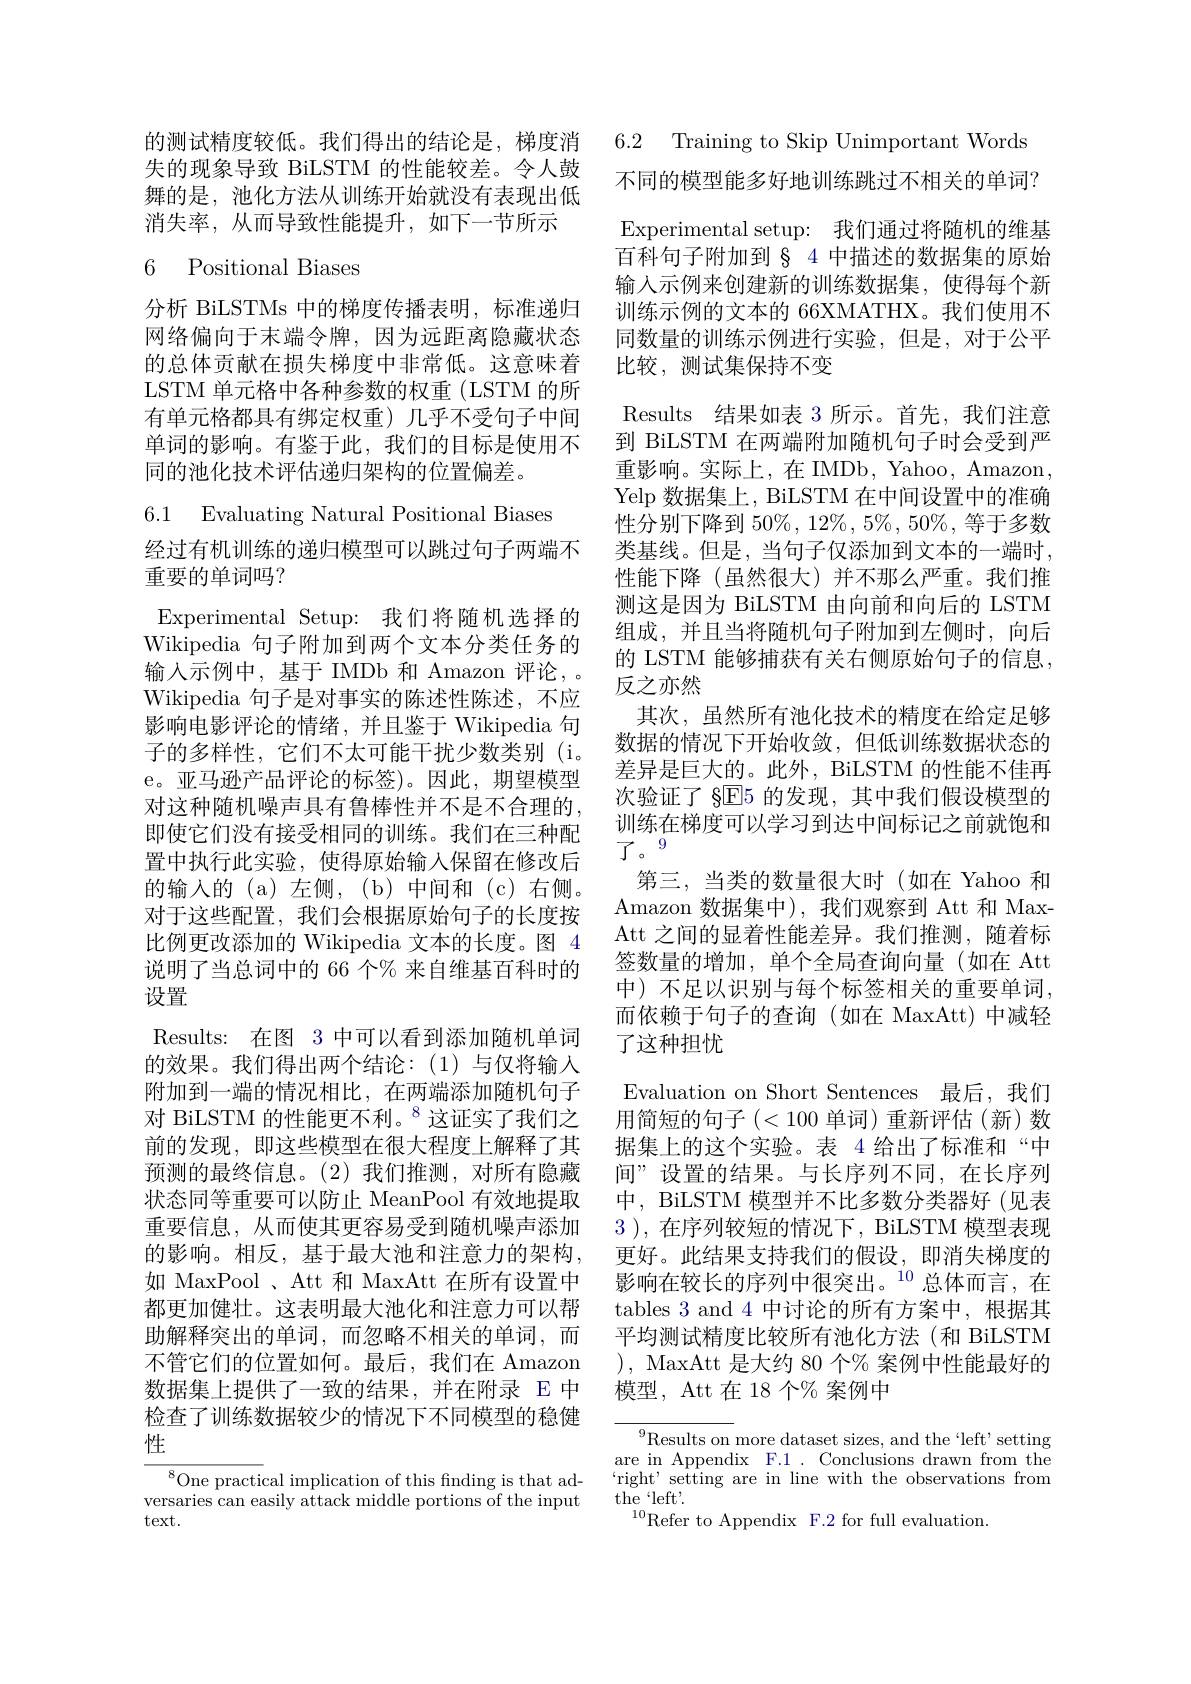
失的现象导致 BiLSTM 的性能较差。令人鼓舞的是，池化方法从训练开始就没有表现出低消失率，从而导致性能提升，如下一节所示

# 6 Positional Biases

分析 BiLSTMs 中的梯度传播表明，标准递归网络偏向于末端令牌，因为远距离隐藏状态的总体贡献在损失梯度中非常低。这意味着LSTM 单元格中各种参数的权重(LSTM 的所有单元格都具有绑定权重)几乎不受句子中间单词的影响。有鉴于此，我们的目标是使用不同的池化技术评估递归架构的位置偏差。

6.1 Evaluating Natural Positional Biases

经过有机训练的递归模型可以跳过句子两端不
重要的单词吗？
Experimental Setup: 我们将随机选择的Wikipedia 句子附加到两个文本分类任务的输入示例中，基于 IMDb 和 Amazon 评论，。Wikipedia 句子是对事实的陈述性陈述，不应影响电影评论的情绪，并且鉴于 Wikipedia 句子的多样性，它们不太可能干扰少数类别(i。e。亚马逊产品评论的标签)。因此，期望模型对这种随机噪声具有鲁棒性并不是不合理的， 即使它们没有接受相同的训练。我们在三种配置中执行此实验，使得原始输入保留在修改后的输入的(a)左侧，(b)中间和(c)右侧。对于这些配置，我们会根据原始句子的长度按比例更改添加的 Wikipedia 文本的长度。图 4说明了当总词中的 66 个% 来自维基百科时的设置
Results: 在图 3 中可以看到添加随机单词的效果。我们得出两个结论：(1)与仅将输入附加到一端的情况相比，在两端添加随机句子对 BiLSTM 的性能更不利。$^{8}$这证实了我们之前的发现，即这些模型在很大程度上解释了其预测的最终信息。(2)我们推测，对所有隐藏状态同等重要可以防止 MeanPool 有效地提取重要信息，从而使其更容易受到随机噪声添加的影响。相反，基于最大池和注意力的架构， 如 MaxPool 、Att 和 MaxAtt 在所有设置中都更加健壮。这表明最大池化和注意力可以帮助解释突出的单词，而忽略不相关的单词，而不管它们的位置如何。最后，我们在 Amazon 数据集上提供了一致的结果，并在附录 E 中检查了训练数据较少的情况下不同模型的稳健性
$^{8}$One practical implication of this finding is that ad-

versaries can easily attack middle portions of the input
$\operatorname{text}.$

的测试精度较低。我们得出的结论是，梯度消 6.2 Training to Skip Unimportant Words

不同的模型能多好地训练跳过不相关的单词？ Experimental setup: 我们通过将随机的维基百科句子附加到§4中描述的数据集的原始输入示例来创建新的训练数据集，使得每个新训练示例的文本的 66XMATHX。我们使用不同数量的训练示例进行实验，但是，对于公平比较，测试集保持不变
Results 结果如表 3 所示。首先，我们注意到 BiLSTM 在两端附加随机句子时会受到严重影响。实际上，在 IMDb, Yahoo, Amazon, Yelp 数据集上，BiLSTM 在中间设置中的准确性分别下降到 50%, 12%, 5%, 50%, 等于多数类基线。但是，当句子仅添加到文本的一端时， 性能下降(虽然很大)并不那么严重。我们推测这是因为 BiLSTM 由向前和向后的 LSTM 组成，并且当将随机句子附加到左侧时，向后的 LSTM 能够捕获有关右侧原始句子的信息， 反之亦然
其次，虽然所有池化技术的精度在给定足够数据的情况下开始收敛，但低训练数据状态的差异是巨大的。此外，BiLSTM 的性能不佳再次验证了 §E5 的发现，其中我们假设模型的训练在梯度可以学习到达中间标记之前就饱和
第三，当类的数量很大时(如在 Yahoo 和Amazon 数据集中),我们观察到 Att 和 MaxAtt 之间的显着性能差异。我们推测，随着标签数量的增加，单个全局查询向量(如在 Att 中) 不足以识别与每个标签相关的重要单词， 而依赖于句子的查询(如在 MaxAtt)中减轻了这种担忧
Evaluation on Short Sentences 最后，我们用简短的句子(<100单词)重新评估(新)数据集上的这个实验。表 4 给出了标准和“中间”设置的结果。与长序列不同，在长序列中，BiLSTM 模型并不比多数分类器好(见表3 ), 在序列较短的情况下，BiLSTM 模型表现更好。此结果支持我们的假设，即消失梯度的影响在较长的序列中很突出。$^{10}$总体而言，在tables 3 and 4 中讨论的所有方案中，根据其平均测试精度比较所有池化方法 (和 BiLSTM ), MaxAtt 是大约 80 个% 案例中性能最好的模型，Att 在 18 个% 案例中

$^{9}$Results on more dataset sizes, and the“left’setting are in Appendix F.1. Conclusions drawn from the $\begin{array}{ll}{`\mathrm{right'~setting~are~in~line~with~the~observations~from}}\\{\mathrm{the~`left'.}}\end{array}$ $^{10}$Refer to Appendix F.2 for full evaluation.